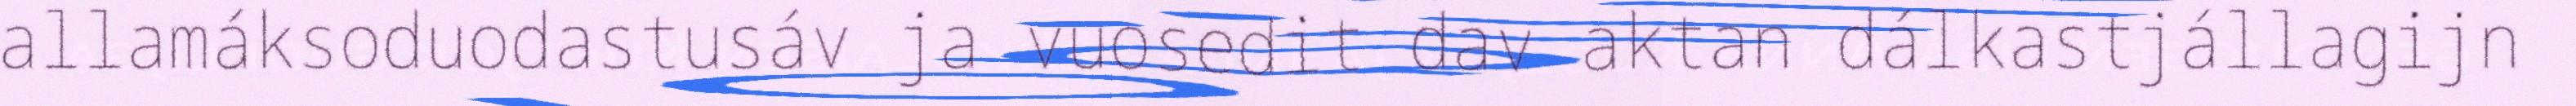
allamáksoduodastusáv ja vuosedit dav aktan dálkastjállagijn